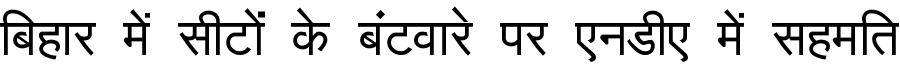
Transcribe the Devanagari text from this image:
बिहार में सीटों के बंटवारे पर एनडीए में सहमति